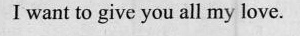
I want to give you all my love.